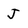
Character: J